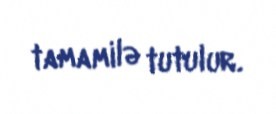
tamamilə tutulur.